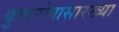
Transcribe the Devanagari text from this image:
कुष्ठरोगासारख्या